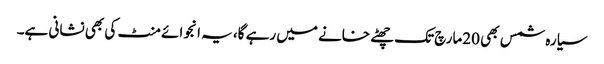
سیارہ شمس بھی 20مارچ تک چھٹے خانے میں رہے گا، یہ انجوائے منٹ کی بھی نشانی ہے۔